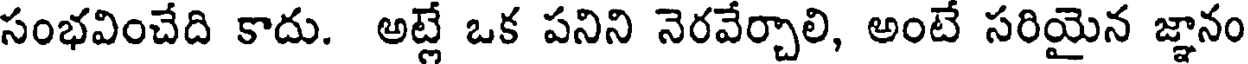
సంభవించేది కాదు. అట్లే ఒక పనిని నెరవేర్చాలి, అంటే సరియైన జ్ఞానం